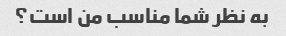
به نظر شما مناسب من است؟